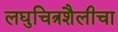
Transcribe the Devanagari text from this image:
लघुचित्रशैलीचा